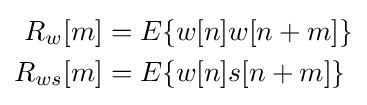
{\begin{aligned}R_{w}[m]&=E\{w[n]w[n+m]\}\\R_{ws}[m]&=E\{w[n]s[n+m]\}\end{aligned}}